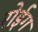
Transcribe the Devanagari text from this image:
रोईग